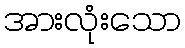
အားလုံးသော